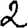
Digit: 2